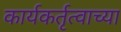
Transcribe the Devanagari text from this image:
कार्यकर्तृत्वाच्या